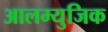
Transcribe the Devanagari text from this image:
आलम्युजिक